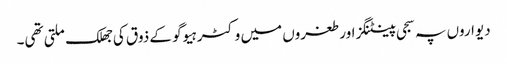
دیواروں پہ سجی پینٹنگز اور طغروں میں وکٹر ہیوگو کے ذوق کی جھلک ملتی تھی۔